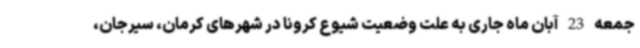
جمعه 23 آبان ماه جاری به علت وضعیت شیوع کرونا در شهرهای کرمان، سیرجان،